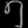
Digit: ၅